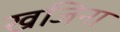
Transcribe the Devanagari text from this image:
खजिना